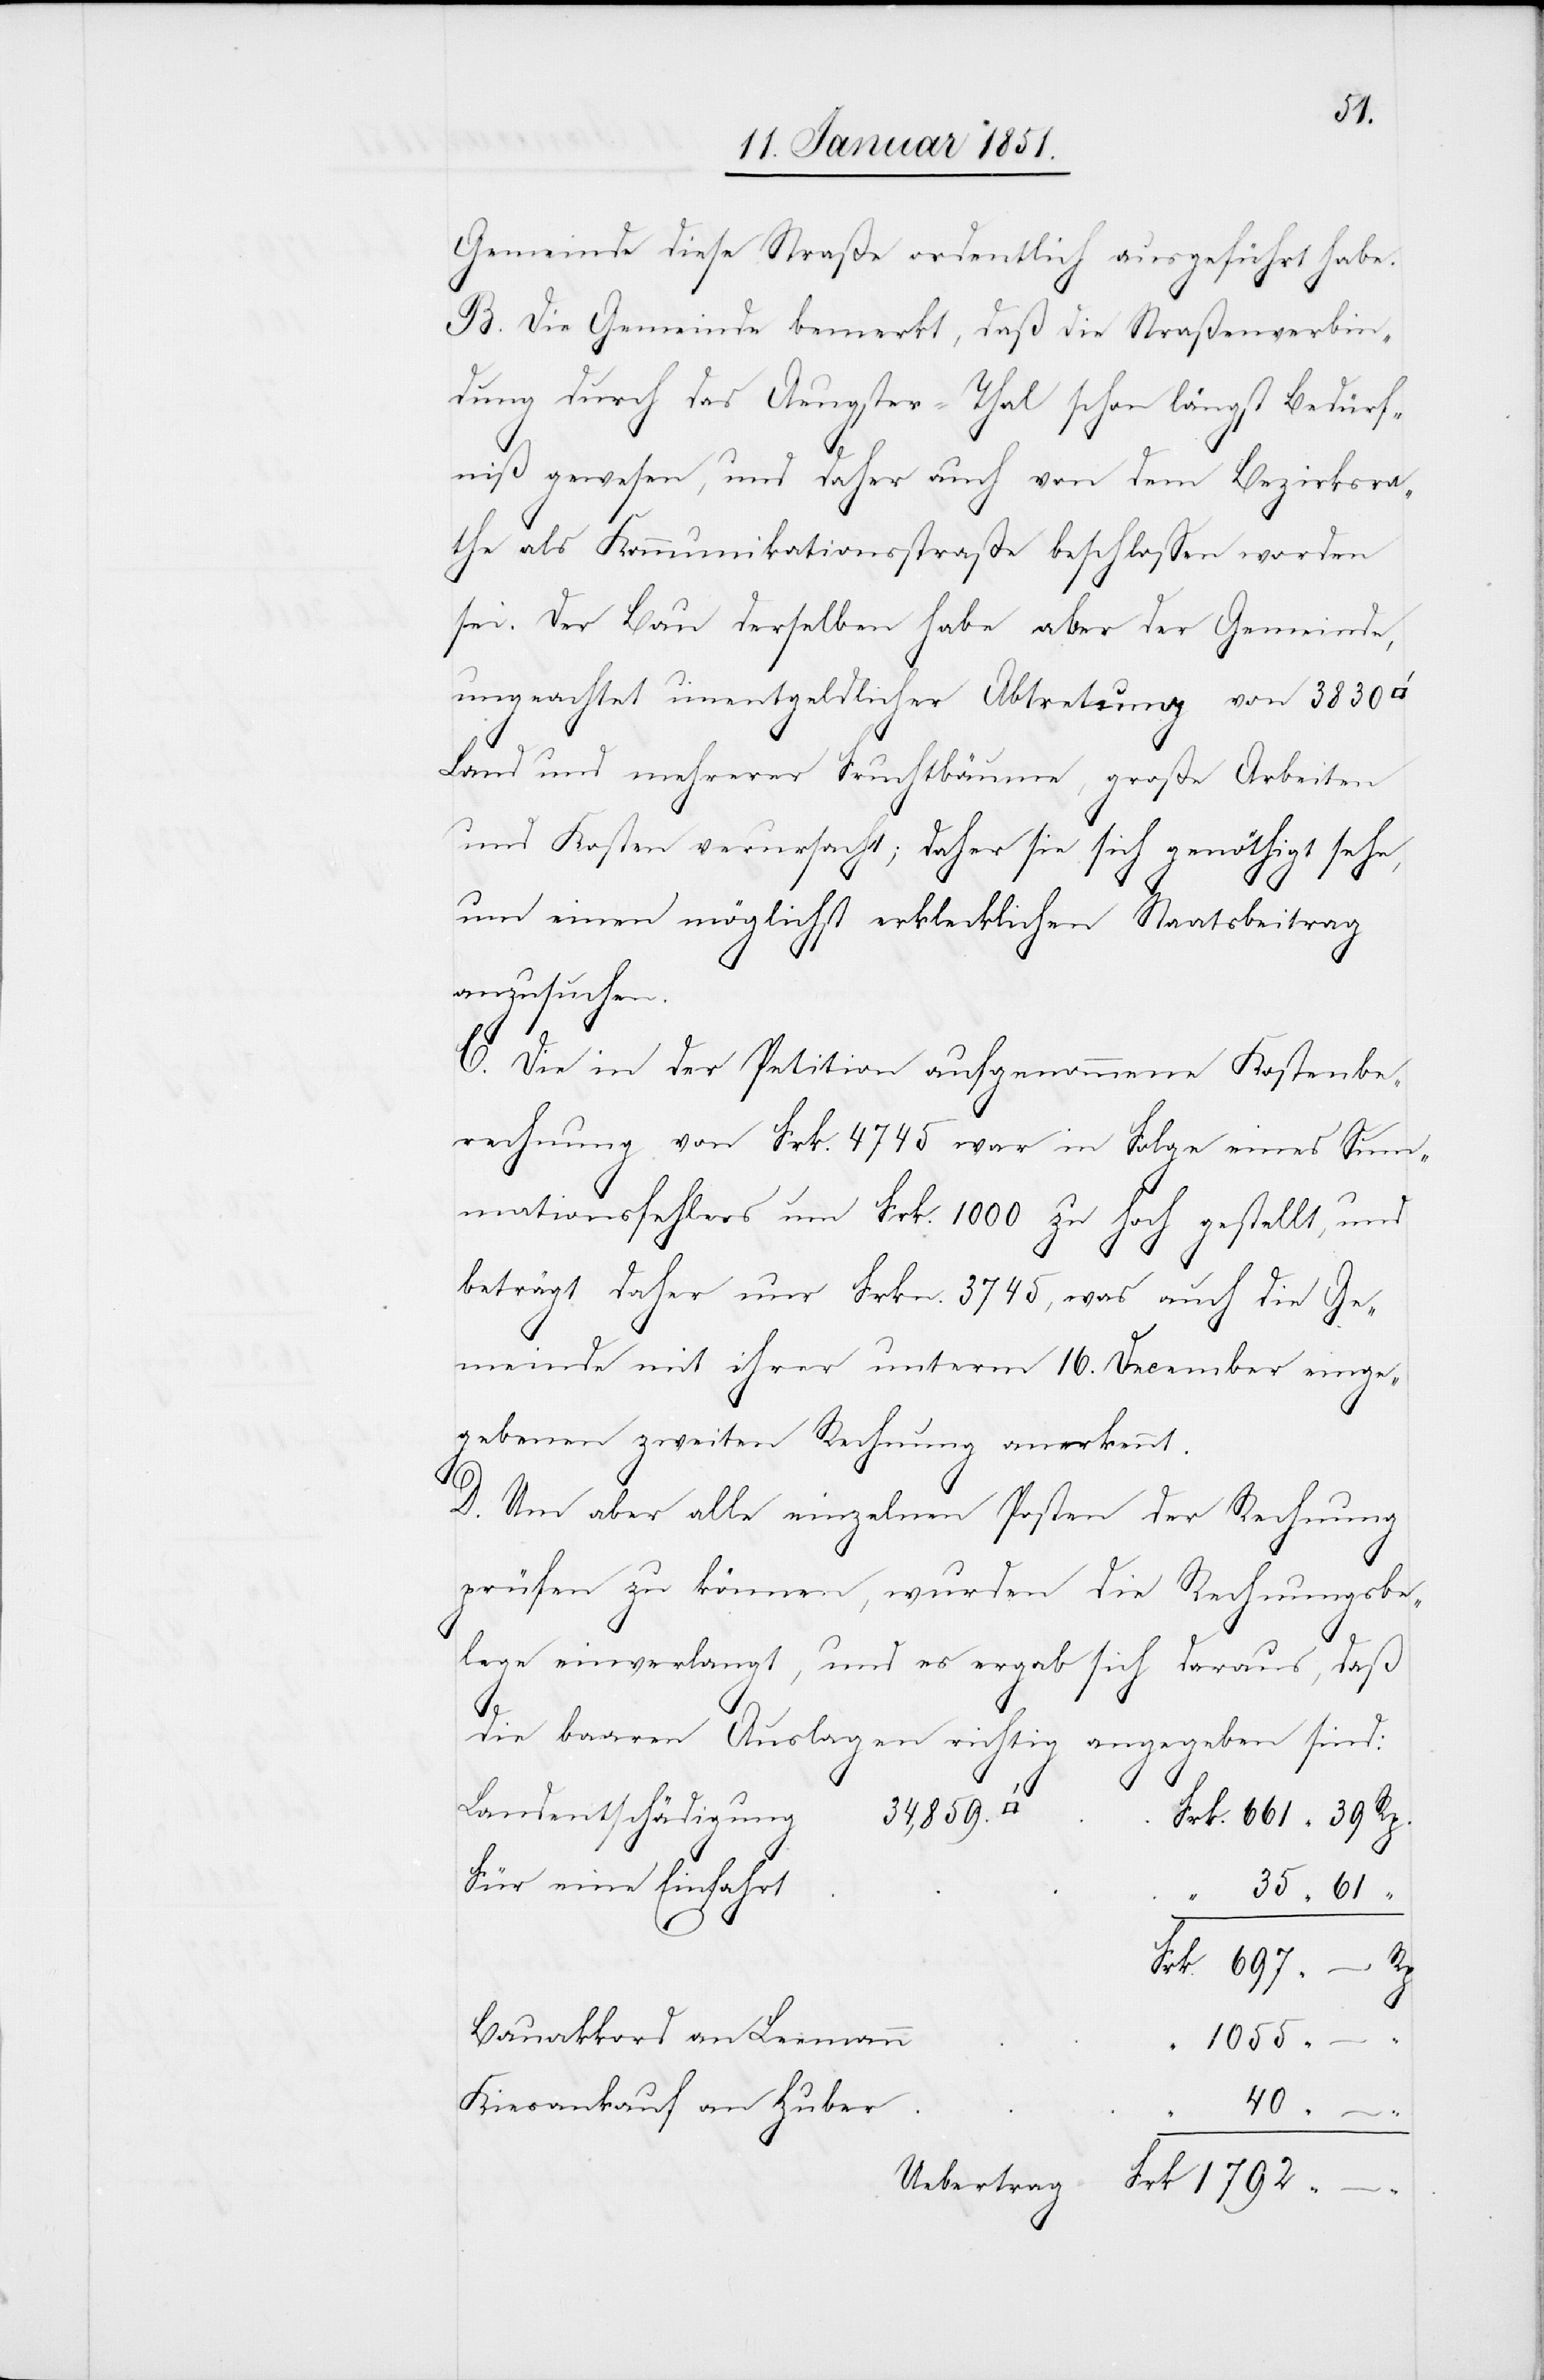
Frk.
Gemeinde diese Straße ordentlich ausgeführt habe.
B. Die Gemeinde bemerkt, daß die Straßenverbin¬
dung durch das Aeugster-Thal schon längst Bedürf¬
niß gewesen, und daher auch von dem Bezirksra¬
the als Kommunikationsstraße beschlossen worden
sei. Der Bau derselben habe aber der Gemeinde,
ungeachtet unentgeldlicher Abtretung von 3830
Land und mehrerer Fruchtbäume, große Arbeiten
und Kosten verursacht; daher sie sich genöthigt sehe,
um einen möglichst erklecklichen Staatsbeitrag
anzusuchen.
C. Die in der Petition aufgenommene Kostenbe¬
rechnung von Frk. 4745 war in Folge eines Sum¬
mationsfehlers um Frk. 1000 zu hoch gestellt, und
beträgt daher nur Frkn. 3745, was auch die Ge¬
meinde mit ihrer unterm 16. December einge¬
gebenen zweiten Rechnung anerkennt.
D. Um aber alle einzelnen Posten der Rechnung
prüfen zu können, wurden die Rechnungsbe¬
lege einverlangt, und es ergab sich daraus, daß
–
“
Rp.
die baaren Auslagen richtig angegeben sind:
34,859.
Landentschädigung
Für eine Einfahrt
Bauakkord an Leemann
“
1055
Kiesankauf an Huber
“
40
Uebertrag